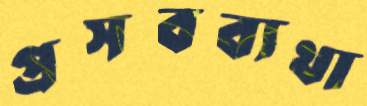
প্রসবব্যথা